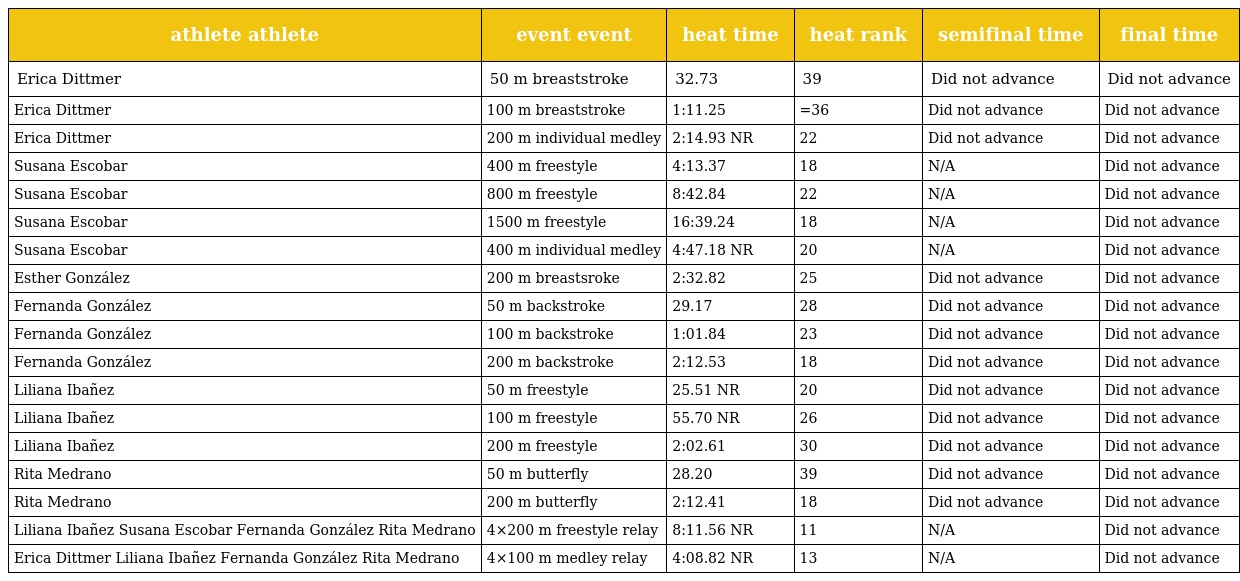
| athlete athlete | event event | heat time | heat rank | semifinal time | final time |
 | --- | --- | --- | --- | --- | --- |
 | Erica Dittmer | 50 m breaststroke | 32.73 | 39 | Did not advance | Did not advance |
 | Erica Dittmer | 100 m breaststroke | 1:11.25 | =36 | Did not advance | Did not advance |
 | Erica Dittmer | 200 m individual medley | 2:14.93 NR | 22 | Did not advance | Did not advance |
 | Susana Escobar | 400 m freestyle | 4:13.37 | 18 | N/A | Did not advance |
 | Susana Escobar | 800 m freestyle | 8:42.84 | 22 | N/A | Did not advance |
 | Susana Escobar | 1500 m freestyle | 16:39.24 | 18 | N/A | Did not advance |
 | Susana Escobar | 400 m individual medley | 4:47.18 NR | 20 | N/A | Did not advance |
 | Esther González | 200 m breastsroke | 2:32.82 | 25 | Did not advance | Did not advance |
 | Fernanda González | 50 m backstroke | 29.17 | 28 | Did not advance | Did not advance |
 | Fernanda González | 100 m backstroke | 1:01.84 | 23 | Did not advance | Did not advance |
 | Fernanda González | 200 m backstroke | 2:12.53 | 18 | Did not advance | Did not advance |
 | Liliana Ibañez | 50 m freestyle | 25.51 NR | 20 | Did not advance | Did not advance |
 | Liliana Ibañez | 100 m freestyle | 55.70 NR | 26 | Did not advance | Did not advance |
 | Liliana Ibañez | 200 m freestyle | 2:02.61 | 30 | Did not advance | Did not advance |
 | Rita Medrano | 50 m butterfly | 28.20 | 39 | Did not advance | Did not advance |
 | Rita Medrano | 200 m butterfly | 2:12.41 | 18 | Did not advance | Did not advance |
 | Liliana Ibañez Susana Escobar Fernanda González Rita Medrano | 4×200 m freestyle relay | 8:11.56 NR | 11 | N/A | Did not advance |
 | Erica Dittmer Liliana Ibañez Fernanda González Rita Medrano | 4×100 m medley relay | 4:08.82 NR | 13 | N/A | Did not advance |